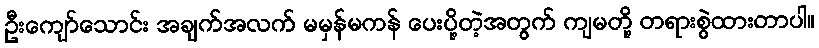
ဦးကျော်သောင်း အချက်အလက် မမှန်မကန် ပေးပို့တဲ့အတွက် ကျမတို့ တရားစွဲထားတာပါ။